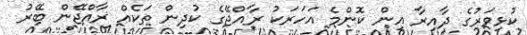
ކުޅިވަރުގެ ދާއިރާ އިން ކޮންމެ އަހަރަކު ރާއްޖޭގެ ކުދިން ތަކެއް ރާއްޖޭން ބޭރު